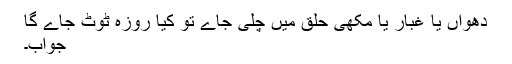
دھواں یا غبار یا مکھی حلق میں چلی جاے تو کیا روزہ ٹوٹ جاے گا
جواب۔